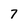
Character: 7